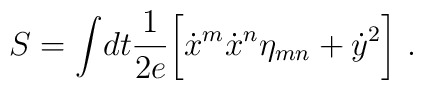
S=\int\! dt {1\over 2e} \biggl [ {\dot x}^m {\dot x}^n\eta_{mn}+ {\dot y}^2 \biggr ]\ .